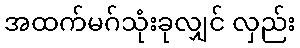
အထက်မဂ်သုံးခုလျှင် လှည်း